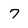
Character: 7